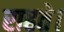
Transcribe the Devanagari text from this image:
राहते।